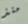
منذ